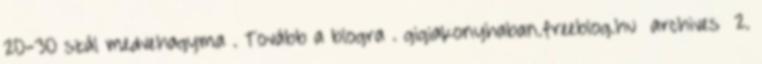
20-30 szál medvehagyma . Tovább a blogra . gigiakonyhaban.freeblog.hu archives 2.